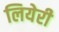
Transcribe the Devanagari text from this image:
लियेरी